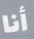
أنا